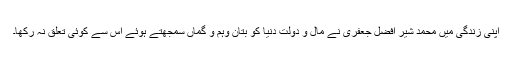
اپنی زندگی میں محمد شیر افضل جعفری نے مال و دولت دنیا کو بتان وہم و گماں سمجھتے ہوئے اس سے کوئی تعلق نہ رکھا۔